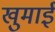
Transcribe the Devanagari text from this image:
खुमाई